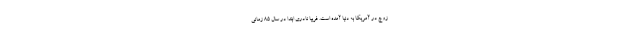
زوج در آمریکا به دنیا آمده است. فریبا نادری ابتدا در سال ۸۵ زمانی